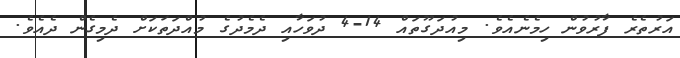
އަރުތެރެ ފާރުވުން ހިމެނެއެވެ. މިއުދަގޫތައް 14-4 ދުވަހާއި ދެމެދުގެ މުއްދަތަކަށް ދެމިގެން ދެއެވެ.